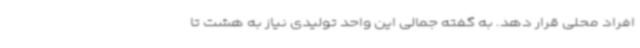
افراد محلی قرار دهد. به گفته جمالی این واحد تولیدی نیاز به هشت تا